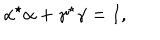
\alpha ^ { \star } \alpha + \gamma ^ { \star } \gamma = I ,